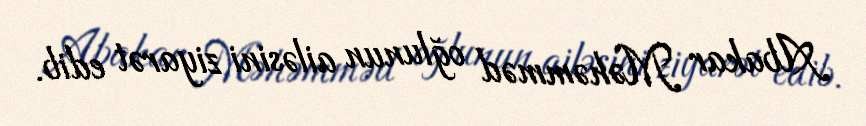
Abakar Məhəmməd oğlunun ailəsini ziyarət edib.